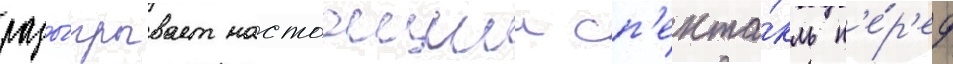
разы́грывает настоащии сп'екта́кль п'е́р'ед